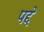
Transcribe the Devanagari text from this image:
पद्दे